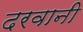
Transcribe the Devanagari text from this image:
दरवानी